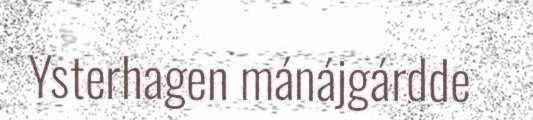
Ysterhagen mánájgárdde